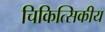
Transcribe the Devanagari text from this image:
चिकित्सिकीय